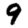
Digit: 9